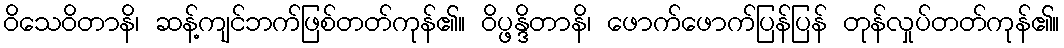
ဝိသေဝိတာနိ၊ ဆန့်ကျင်ဘက်ဖြစ်တတ်ကုန်၏။ ဝိပ္ဖန္ဒိတာနိ၊ ဖောက်ဖောက်ပြန်ပြန် တုန်လှုပ်တတ်ကုန်၏။